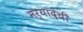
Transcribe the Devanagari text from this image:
मर्यादेची